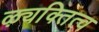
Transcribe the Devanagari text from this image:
ऴ्यक्तित्व